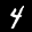
Label: 4